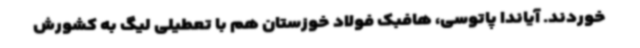
خوردند. آیاندا پاتوسی، هافبک فولاد خوزستان هم با تعطیلی لیگ به کشورش